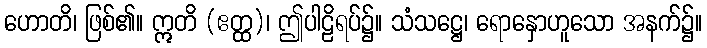
ဟောတိ၊ ဖြစ်၏။ ဣတိ (ဧတ္ထ)၊ ဤပါဠိရပ်၌။ သံသဋ္ဌေ၊ ရောနှောဟူသော အနက်၌။